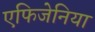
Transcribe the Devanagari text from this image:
एफिजेनिया